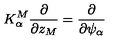
K _ { \alpha } ^ { M } \frac { \partial } { \partial z _ { M } } = \frac { \partial } { \partial \psi _ { \alpha } }